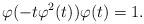
LaTeX: \begin{align*}\varphi (-t \varphi^2 (t)) \varphi (t) = 1.\end{align*}